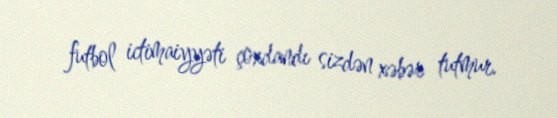
futbol ictimaiyyəti çoxdandı sizdən xəbər tutmur.